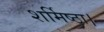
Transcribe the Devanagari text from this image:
शर्मिष्ठा।